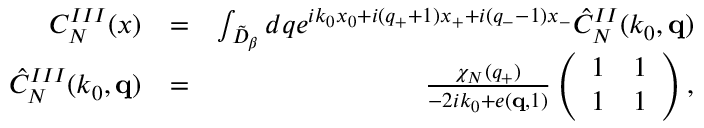
\begin{array} { r l r } { C _ { N } ^ { I I I } ( x ) } & { = } & { \int _ { \tilde { \cal D } _ { \beta } } d q e ^ { i k _ { 0 } x _ { 0 } + i ( q _ { + } + 1 ) x _ { + } + i ( q _ { - } - 1 ) x _ { - } } \hat { C } _ { N } ^ { I I } ( k _ { 0 } , { \bf q } ) } \\ { \hat { C } _ { N } ^ { I I I } ( k _ { 0 } , { \bf q } ) } & { = } & { \frac { \chi _ { N } ( q _ { + } ) } { - 2 i k _ { 0 } + e ( { \bf q } , 1 ) } \left( \begin{array} { l l } { 1 } & { 1 } \\ { 1 } & { 1 } \end{array} \right) , } \end{array}